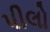
પીલો